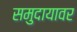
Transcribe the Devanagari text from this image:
समुदायावर